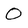
Character: 0